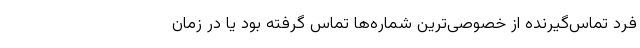
فرد تماس‌گیرنده از خصوصی‌ترین شماره‌ها تماس گرفته بود یا در زمان